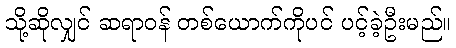
သို့ဆိုလျှင် ဆရာဝန် တစ်ယောက်ကိုပင် ပင့်ခဲ့ဦးမည်။